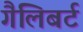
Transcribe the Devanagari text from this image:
गैलिबर्ट